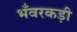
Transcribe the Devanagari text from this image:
भँवरकड़ी